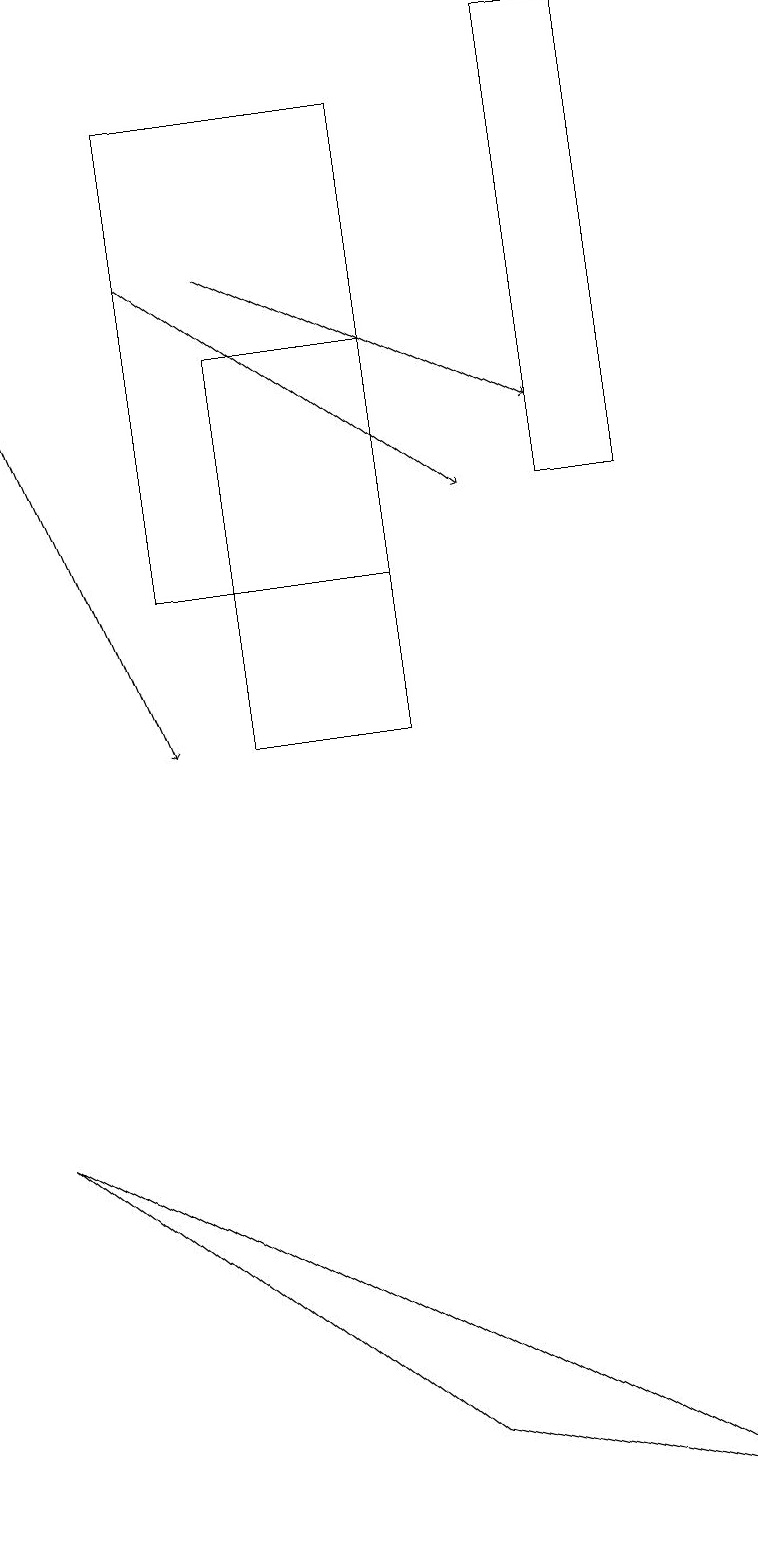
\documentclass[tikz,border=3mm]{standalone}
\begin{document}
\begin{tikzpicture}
\draw (7,19) rectangle (8,13);
\draw (9,0) -- (0,5) -- (5,1) -- cycle;
\draw (2,18) rectangle (5,12);
\draw[->] (3,16) -- (7,14);
\draw[->] (0,15) -- (2,10);
\draw[->] (2,16) -- (6,13);
\draw (3,10) rectangle (5,15);
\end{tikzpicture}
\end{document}